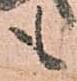
も